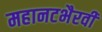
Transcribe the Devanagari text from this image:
महानटभैरवी